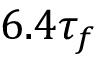
6 . 4 \tau _ { f }